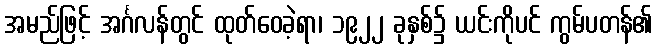
အမည်ဖြင့် အင်္ဂလန်တွင် ထုတ်ဝေခဲ့ရာ၊ ၁၉၂၂ ခုနှစ်၌ ယင်းကိုပင် ကွမ်ပတန်၏